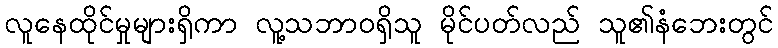
လူနေထိုင်မှုများရှိကာ လူ့သဘာဝရှိသူ မိုင်ပတ်လည် သူ၏နံဘေးတွင်